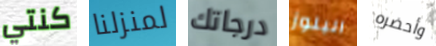
كنتي لمنزلنا درجاتك البلوز وأحضره